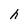
Character: h